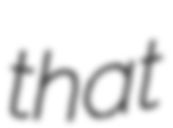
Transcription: that